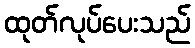
ထုတ်လုပ်ပေးသည်